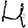
Digit: 4